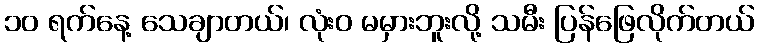
၁၀ ရက်နေ့ သေချာတယ်၊ လုံးဝ မမှားဘူးလို့ သမီး ပြန်ဖြေလိုက်တယ်